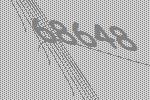
68648